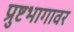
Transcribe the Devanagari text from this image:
प्रुष्टभागावर